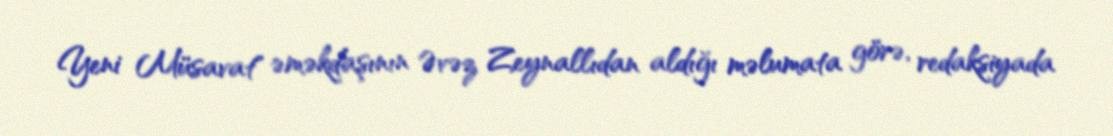
Yeni Müsavat" əməkdaşının Əvəz Zeynallıdan aldığı məlumata görə, redaksiyada